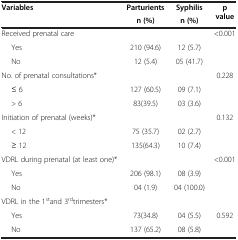
<table><thead><tr><td><b>Variables</b></td><td><b>Parturients</b></td><td><b>Syphilis</b></td><td><b>p value</b></td></tr><tr><td><b> </b></td><td><b>n (%)</b></td><td><b>n (%)</b></td><td><b> </b></td></tr></thead><tbody><tr><td>Received prenatal care</td><td> </td><td> </td><td>&lt;0.001</td></tr><tr><td>Yes</td><td>210 (94.6)</td><td>12 (5.7)</td><td> </td></tr><tr><td>No</td><td>12 (5.4)</td><td>05 (41.7)</td><td> </td></tr><tr><td>No. of prenatal consultations*</td><td> </td><td> </td><td>0.228</td></tr><tr><td>≤ 6</td><td>127 (60.5)</td><td>09 (7.1)</td><td> </td></tr><tr><td>&gt; 6</td><td>83(39.5)</td><td>03 (3.6)</td><td> </td></tr><tr><td>Initiation of prenatal (weeks)*</td><td> </td><td> </td><td>0.132</td></tr><tr><td>&lt; 12</td><td>75 (35.7)</td><td>02 (2.7)</td><td> </td></tr><tr><td>≥ 12</td><td>135(64.3)</td><td>10 (7.4)</td><td> </td></tr><tr><td>VDRL during prenatal (at least one)*</td><td> </td><td> </td><td>&lt;0.001</td></tr><tr><td>Yes</td><td>206 (98.1)</td><td>08 (3.9)</td><td> </td></tr><tr><td>No</td><td>04 (1.9)</td><td>04 (100.0)</td><td> </td></tr><tr><td colspan="4">VDRL in the 1<sup>st</sup>and 3<sup>rd</sup>trimesters*</td></tr><tr><td>Yes</td><td>73(34.8)</td><td>04 (5.5)</td><td>0.592</td></tr><tr><td>No</td><td>137 (65.2)</td><td>08 (5.8)</td><td> </td></tr></tbody></table>